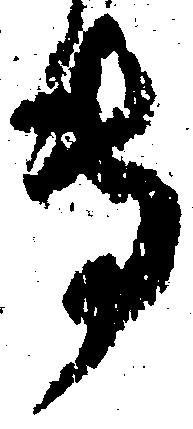
専